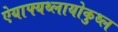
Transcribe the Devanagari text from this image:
ऐयाफ्यथ्लायोकुथ्ल